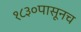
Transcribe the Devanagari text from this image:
१८३०पासूनच